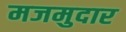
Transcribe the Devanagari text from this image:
मजमुदार